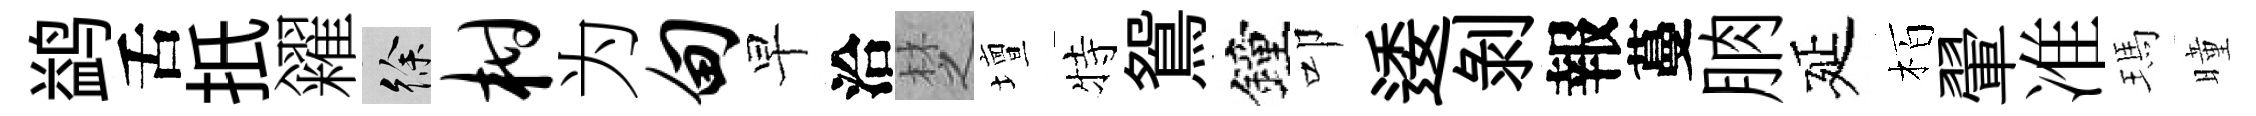
鹢舌扺糴徐柑为甸早洽椘壇特鴛鐘叩逶剝報蔓朒延栢翬准瑪曈